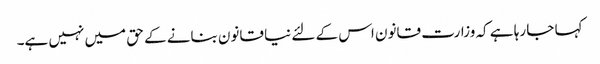
کہا جا رہا ہے کہ وزارت قانون اس کے لئے نیا قانون بنانے کے حق میں نہیں ہے۔